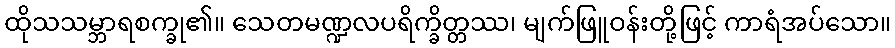
ထိုသသမ္ဘာရစက္ခု၏။ သေတမဏ္ဍလပရိက္ခိတ္တဿ၊ မျက်ဖြူဝန်းတို့ဖြင့် ကာရံအပ်သော။